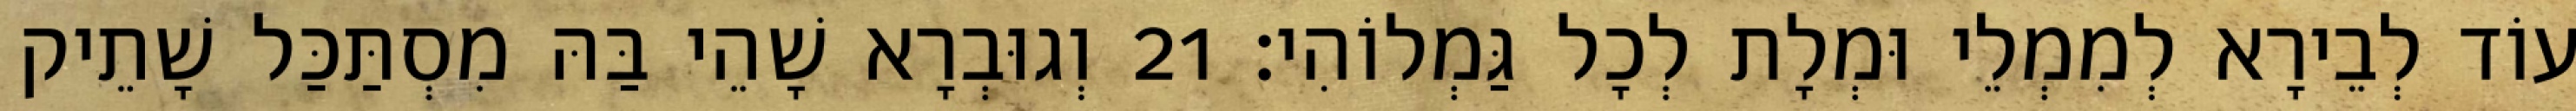
עוֹד לְבֵירָא לְמִמְלֵי וּמְלָת לְכָל גַּמְלוֹהִי׃ 21 וְגוּבְרָא שָׁהֵי בַּהּ מִסְתַּכַּל שָׁתֵיק